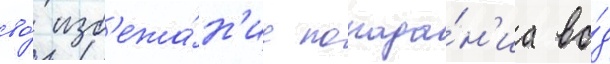
во́ изб'ежа́н'ие попада́н'иа во́д